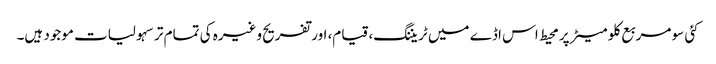
کئی سو مربع کلو میٹر پر محیط اس اڈے میں ٹریننگ، قیام، اور تفریح وغیرہ کی تمام تر سہولیات موجود ہیں۔